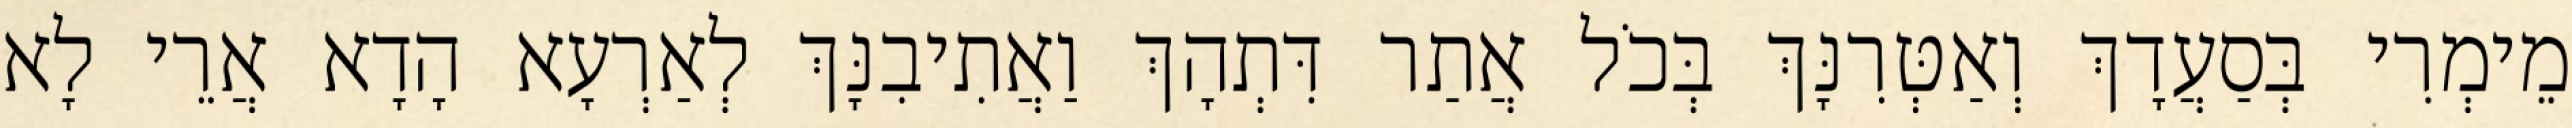
מֵימְרִי בְּסַעֲדָךְ וְאַטְּרִנָּךְ בְּכֹל אֲתַר דִּתְהָךְ וַאֲתִיבִנָּךְ לְאַרְעָא הָדָא אֲרֵי לָא